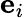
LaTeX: \mathbf{e}_{\textit{i}}